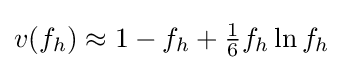
v(f_{h})\approx 1-f_{h}+{\tfrac {1}{6}}f_{h}\ln f_{h}